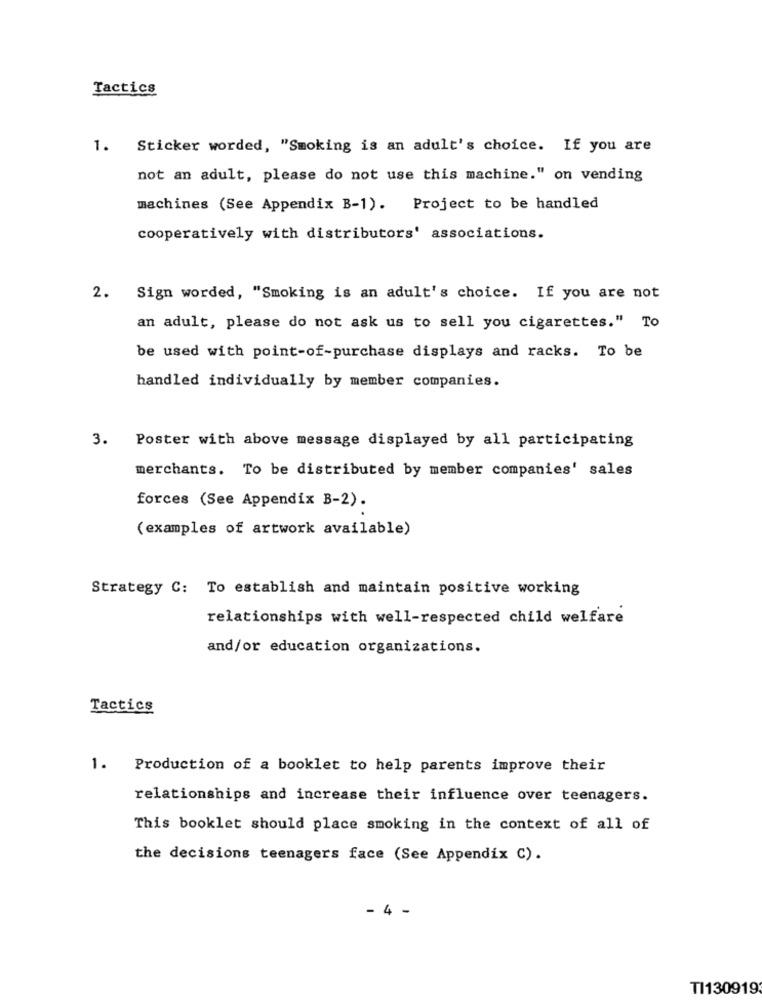
Tactics
1. Sticker worded, "Smoking is an adult's choice. If you are
not an adult, please do not use this machine." on vending
machines (See Appendix B-1). Project to be handled
cooperatively with distributors' associations.
2.
Sign worded, "Smoking is an adult's choice. If you are not
an adult, please do not ask us to sell you cigarettes." To
be used with point-of-purchase displays and racks. To be
handled individually by member companies.
3. Poster with above message displayed by all participating
merchants. To be distributed by member companies' sales
forces (See Appendix B-2).
(examples of artwork available)
Strategy C: To establish and maintain positive working
relationships with well-respected child welfare
and/or education organizations.
Tactics
1. Production of a booklet to help parents improve their
relationships and increase their influence over teenagers.
This booklet should place smoking in the context of all of
the decisions teenagers face (See Appendix C).
- 4 -
TI130919